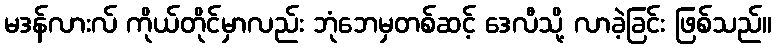
မဒန်လားလ် ကိုယ်တိုင်မှာလည်း ဘုံဘေမှတစ်ဆင့် ဒေလီသို့ လာခဲ့ခြင်း ဖြစ်သည်။